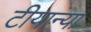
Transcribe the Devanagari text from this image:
टीयान्या